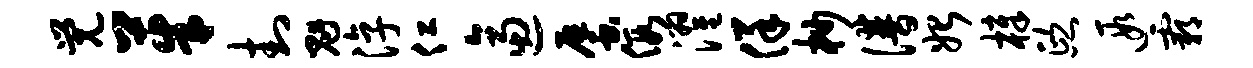
觉茱封魁淳仁逼蜃假濯佯杪谱始樟熙遐霸